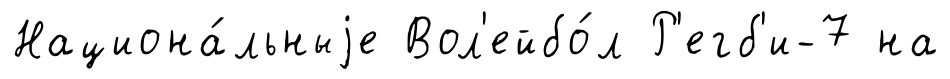
Национа́льныjе Вол'ейбо́л Р'егб'и-7 на